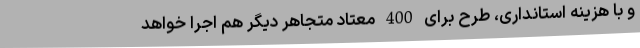
و با هزینه استانداری، طرح برای 400 معتاد متجاهر دیگر هم اجرا خواهد